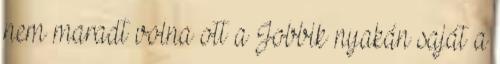
nem maradt volna ott a Jobbik nyakán saját a